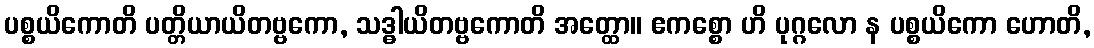
ပစ္စယိကောတိ ပတ္တိယာယိတဗ္ဗကော, သဒ္ဓါယိတဗ္ဗကောတိ အတ္ထော။ ဧကစ္စော ဟိ ပုဂ္ဂလော န ပစ္စယိကော ဟောတိ,